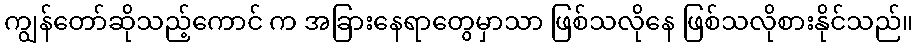
ကျွန်တော်ဆိုသည့်ကောင် က အခြားနေရာတွေမှာသာ ဖြစ်သလိုနေ ဖြစ်သလိုစားနိုင်သည်။